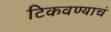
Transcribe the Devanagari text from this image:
टिकवण्याचं